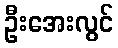
ဦးအေးလွင်